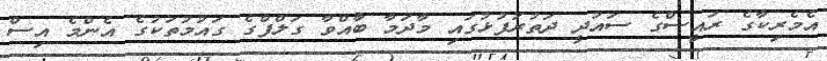
އެމެރިކާގެ ރައީސްގެ ސައުދީ ދަތުރުފުޅުގައި މާދަމާ ބާއްވާ ގަލްފްގެ ގައުމުތަކުގެ އެންމެ އިސް